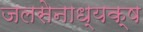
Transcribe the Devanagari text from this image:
जलसेनाध्यक्ष